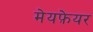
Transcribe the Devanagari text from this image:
मेयफ़ेयर